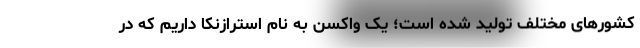
کشورهای مختلف تولید شده است؛ یک واکسن به نام استرازنکا داریم که در